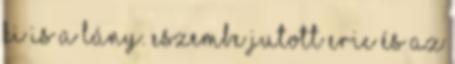
ki is a lány. Eszembe jutott Eric és az